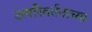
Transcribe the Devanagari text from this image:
उत्परिवर्तनाच्या